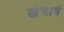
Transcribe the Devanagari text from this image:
खेचावं